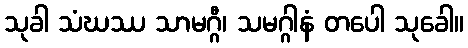
သုခါ သံဃဿ သာမဂ္ဂီ၊ သမဂ္ဂါနံ တပေါ သုခေါ။